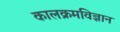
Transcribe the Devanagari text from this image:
कालक्रमविज्ञान